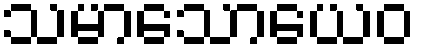
သမာသောယေဝ